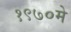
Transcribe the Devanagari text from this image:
१९७०मे